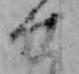
せ